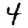
Digit: 4